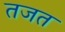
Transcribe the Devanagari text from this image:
तजत